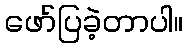
ဖော်ပြခဲ့တာပါ။